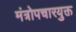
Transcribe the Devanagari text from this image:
मंत्रोपचारयुक्त